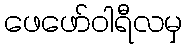
ဖေဖော်ဝါရီလမှ